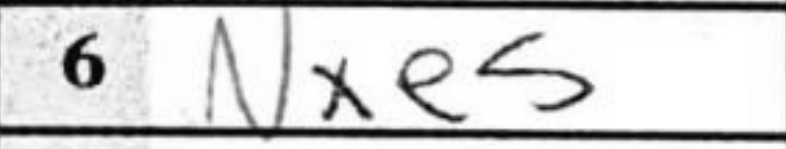
Transcription: Nxe5